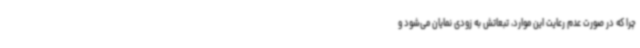
چرا که در صورت عدم رعایت این موارد، تبعاتش به زودی نمایان می‌شود و